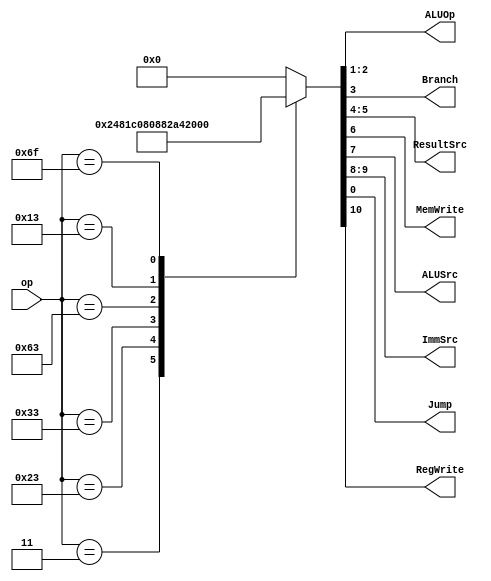
module Main_Decoder(
    input wire [6:0] op,
    output reg [1:0] ALUOp,
    output reg Branch,
    output reg [1:0] ResultSrc,
    output reg MemWrite,
    output reg ALUSrc,
    output reg [1:0] ImmSrc,
    output reg Jump,
    output reg RegWrite
);


always @(*) begin
  case (op)
  7'b0000011 : {RegWrite,ImmSrc,ALUSrc,MemWrite,ResultSrc,Branch,ALUOp,Jump} = 11'b10010010000;
  7'b0100011 : {RegWrite,ImmSrc,ALUSrc,MemWrite,ResultSrc,Branch,ALUOp,Jump} = 11'b00111000000;
  7'b0110011 : {RegWrite,ImmSrc,ALUSrc,MemWrite,ResultSrc,Branch,ALUOp,Jump} = 11'b10000000100;
  7'b1100011 : {RegWrite,ImmSrc,ALUSrc,MemWrite,ResultSrc,Branch,ALUOp,Jump} = 11'b01000001010;
  7'b0010011 : {RegWrite,ImmSrc,ALUSrc,MemWrite,ResultSrc,Branch,ALUOp,Jump} = 11'b10010000100;
  7'b1101111 : {RegWrite,ImmSrc,ALUSrc,MemWrite,ResultSrc,Branch,ALUOp,Jump} = 11'b11100100001;
  default : {RegWrite,ImmSrc,ALUSrc,MemWrite,ResultSrc,Branch,ALUOp,Jump} = 11'b00000000000;
  endcase
   
end


endmodule